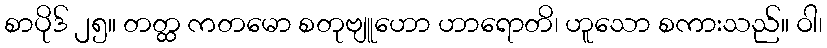
စာပိုဒ် ၂၅။ တတ္ထ ကတမော စတုဗျူဟော ဟာရောတိ၊ ဟူသော စကားသည်။ ဝါ၊